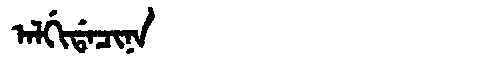
Manchu: ᠠᠯᡤᡳᡩᠠᠴᡳᠨᠠ
Romanization: ALGIDACINA